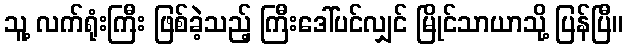
သူ့ လက်ရုံးကြီး ဖြစ်ခဲ့သည့် ကြီးဒေါ်ပင်လျှင် မြိုင်သာယာသို့ ပြန်ပြီ။